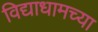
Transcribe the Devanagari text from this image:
विद्याधामच्या